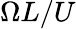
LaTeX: \Omega L/U